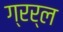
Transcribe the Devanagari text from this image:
ग्रर्ल